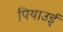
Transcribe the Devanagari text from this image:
पियाउई